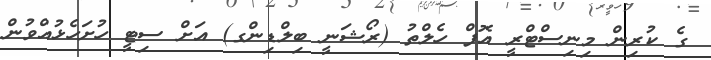
ގެ ކުރިން މިނިސްޓްރީ އޮފް ހެލްތު (ރޯޝަނީ ބިލްޑިންގ) އަށް ސިޓީ ހުށަހެޅުއްވުން